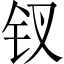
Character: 钗